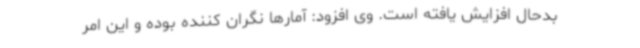
بدحال افزایش یافته است. وی افزود: آمارها نگران کننده بوده و این امر